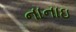
નાનાઇ